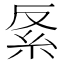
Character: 𥾩